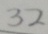
3 2